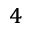
_ 4